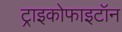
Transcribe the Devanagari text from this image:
ट्राइकोफाइटॉन